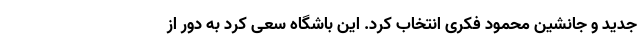
جدید و جانشین محمود فکری انتخاب کرد. این باشگاه سعی کرد به دور از